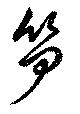
笋